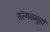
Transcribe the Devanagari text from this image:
तरंगसमूहों